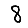
Digit: 8